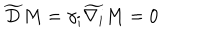
\widetilde { D } M = \gamma _ { i } \widetilde { \nabla _ { i } } M = 0